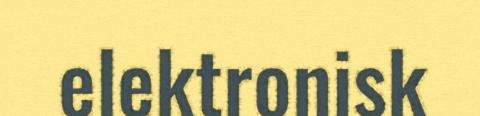
elektronisk